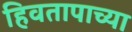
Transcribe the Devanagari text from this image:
हिवतापाच्या